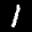
Label: 1